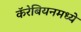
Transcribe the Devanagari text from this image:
कॅरेबियनमध्ये